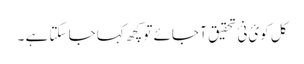
کل کوئ نئ تحقیق آ جائے تو کچھ کہا جا سکتا ہے ۔